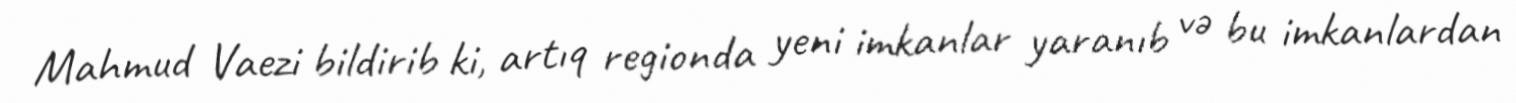
Mahmud Vaezi bildirib ki, artıq regionda yeni imkanlar yaranıb və bu imkanlardan